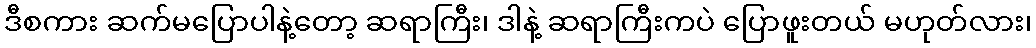
ဒီစကား ဆက်မပြောပါနဲ့တော့ ဆရာကြီး၊ ဒါနဲ့ ဆရာကြီးကပဲ ပြောဖူးတယ် မဟုတ်လား၊